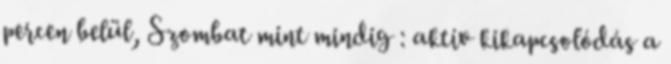
percen belül, Szombat mint mindig : aktív kikapcsolódás a